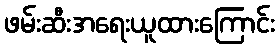
ဖမ်းဆီးအရေးယူထားကြောင်း